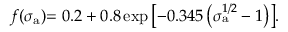
f ( \sigma _ { \mathrm { { a } } } ) { = 0 . 2 + 0 . 8 \exp \left[ - 0 . 3 4 5 \left( \sigma _ { \mathrm { { a } } } ^ { 1 / 2 } - 1 \right) \right] } .